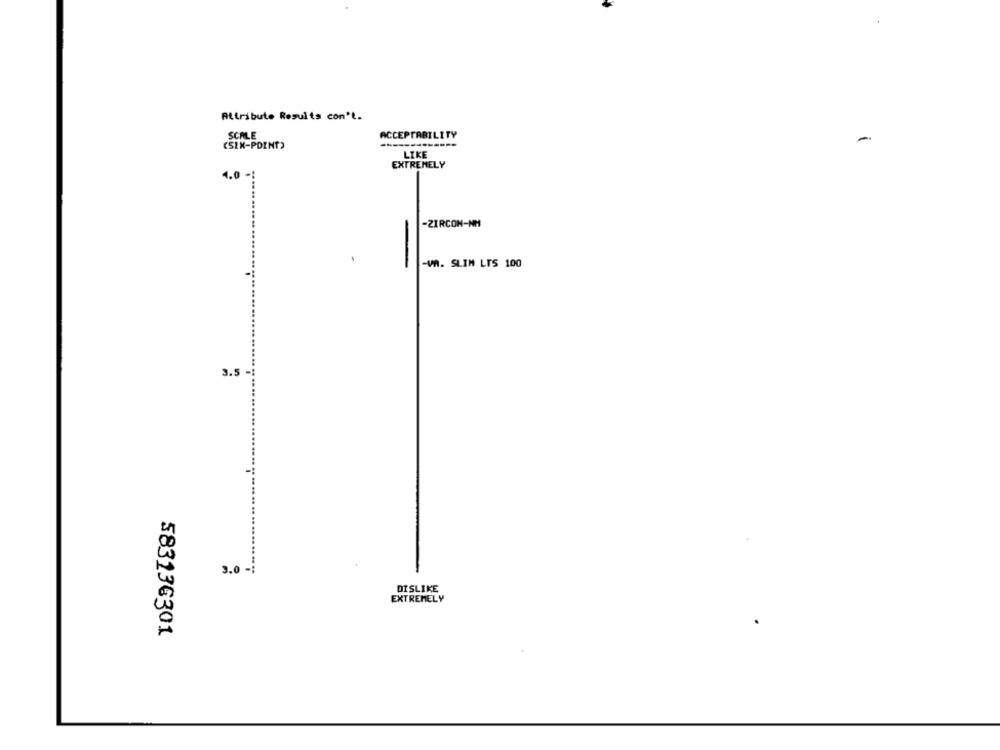
Attribute Results con't.
SCALE
ACCEPTABILITY
(SIX-POINT)
LIKE
EXTREMELY
4.0 -
-ZIRCON-NM
-VA. SLIM LTS 100
3.5
3.0 -
DISLIKE
EXTREMELY
583136301